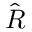
\hat { R }